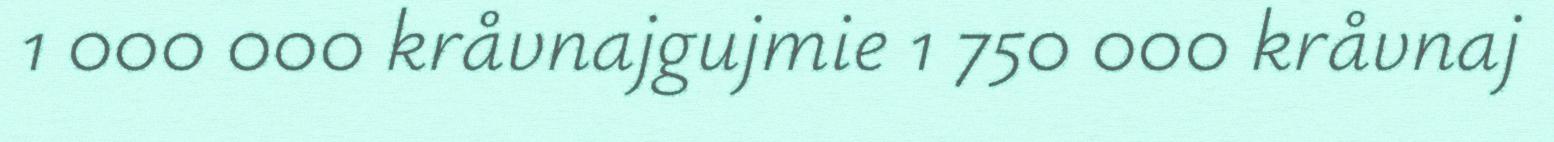
1 000 000 kråvnajgujmie 1 750 000 kråvnaj